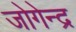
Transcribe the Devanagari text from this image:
जोगेन्द्र